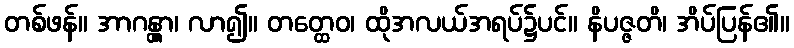
တစ်ဖန်။ အာဂန္တွာ၊ လာ၍။ တတ္ထေဝ၊ ထိုအလယ်အရပ်၌ပင်။ နိပဇ္ဇတိ၊ အိပ်ပြန်၏။